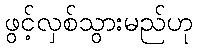
ဖွင့်လှစ်သွားမည်ဟု